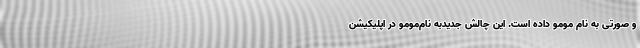
و صورتی به نام مومو داده است. این چالش جدیدبه نام‌مومو در اپلیکیشن